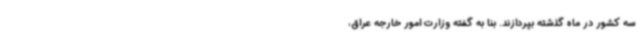
سه کشور در ماه گذشته بپردازند. بنا به گفته وزارت امور خارجه عراق،